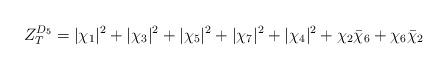
LaTeX: \begin{align*}Z_T^{D_5} = |\chi_1|^2 + |\chi_3|^2 + |\chi_5|^2 + |\chi_7|^2 + |\chi_4|^2+\chi_2 {\bar \chi_6} + \chi_6 {\bar \chi_2} \quad \end{align*}